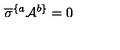
\overline { { \sigma } } ^ { \{ a } { \cal A } ^ { b \} } = 0